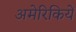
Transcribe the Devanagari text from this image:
अमेरिकियें